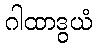
ဂါထာဒွယံ